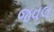
જવલ